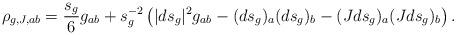
LaTeX: \begin{align*}\rho_{g,J,ab}=\frac{s_g}{6}g_{ab}+s_g^{-2}\left(|ds_g|^2g_{ab}-(ds_g)_a(ds_g)_b-(Jds_g)_a(Jds_g)_b\right).\end{align*}